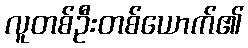
လူတစ်ဦးတစ်ယောက်၏